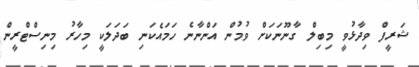
ޝަރީފް ވިދާޅުވީ މިބިލް ގާނޫނަކަށް ވުމުން އަންނާނެ ހަމައެކަނި ބަދަލަކީ މިހާރު މިނިސްޓްރީން